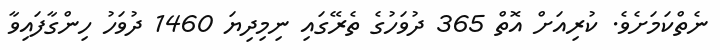
ނެތްކަމަށެވެ. ކުރިއަށް އޮތް 365 ދުވަހުގެ ތެރޭގައި ނިމިދިޔަ 1460 ދުވަހު ހިންގާފައިވާ